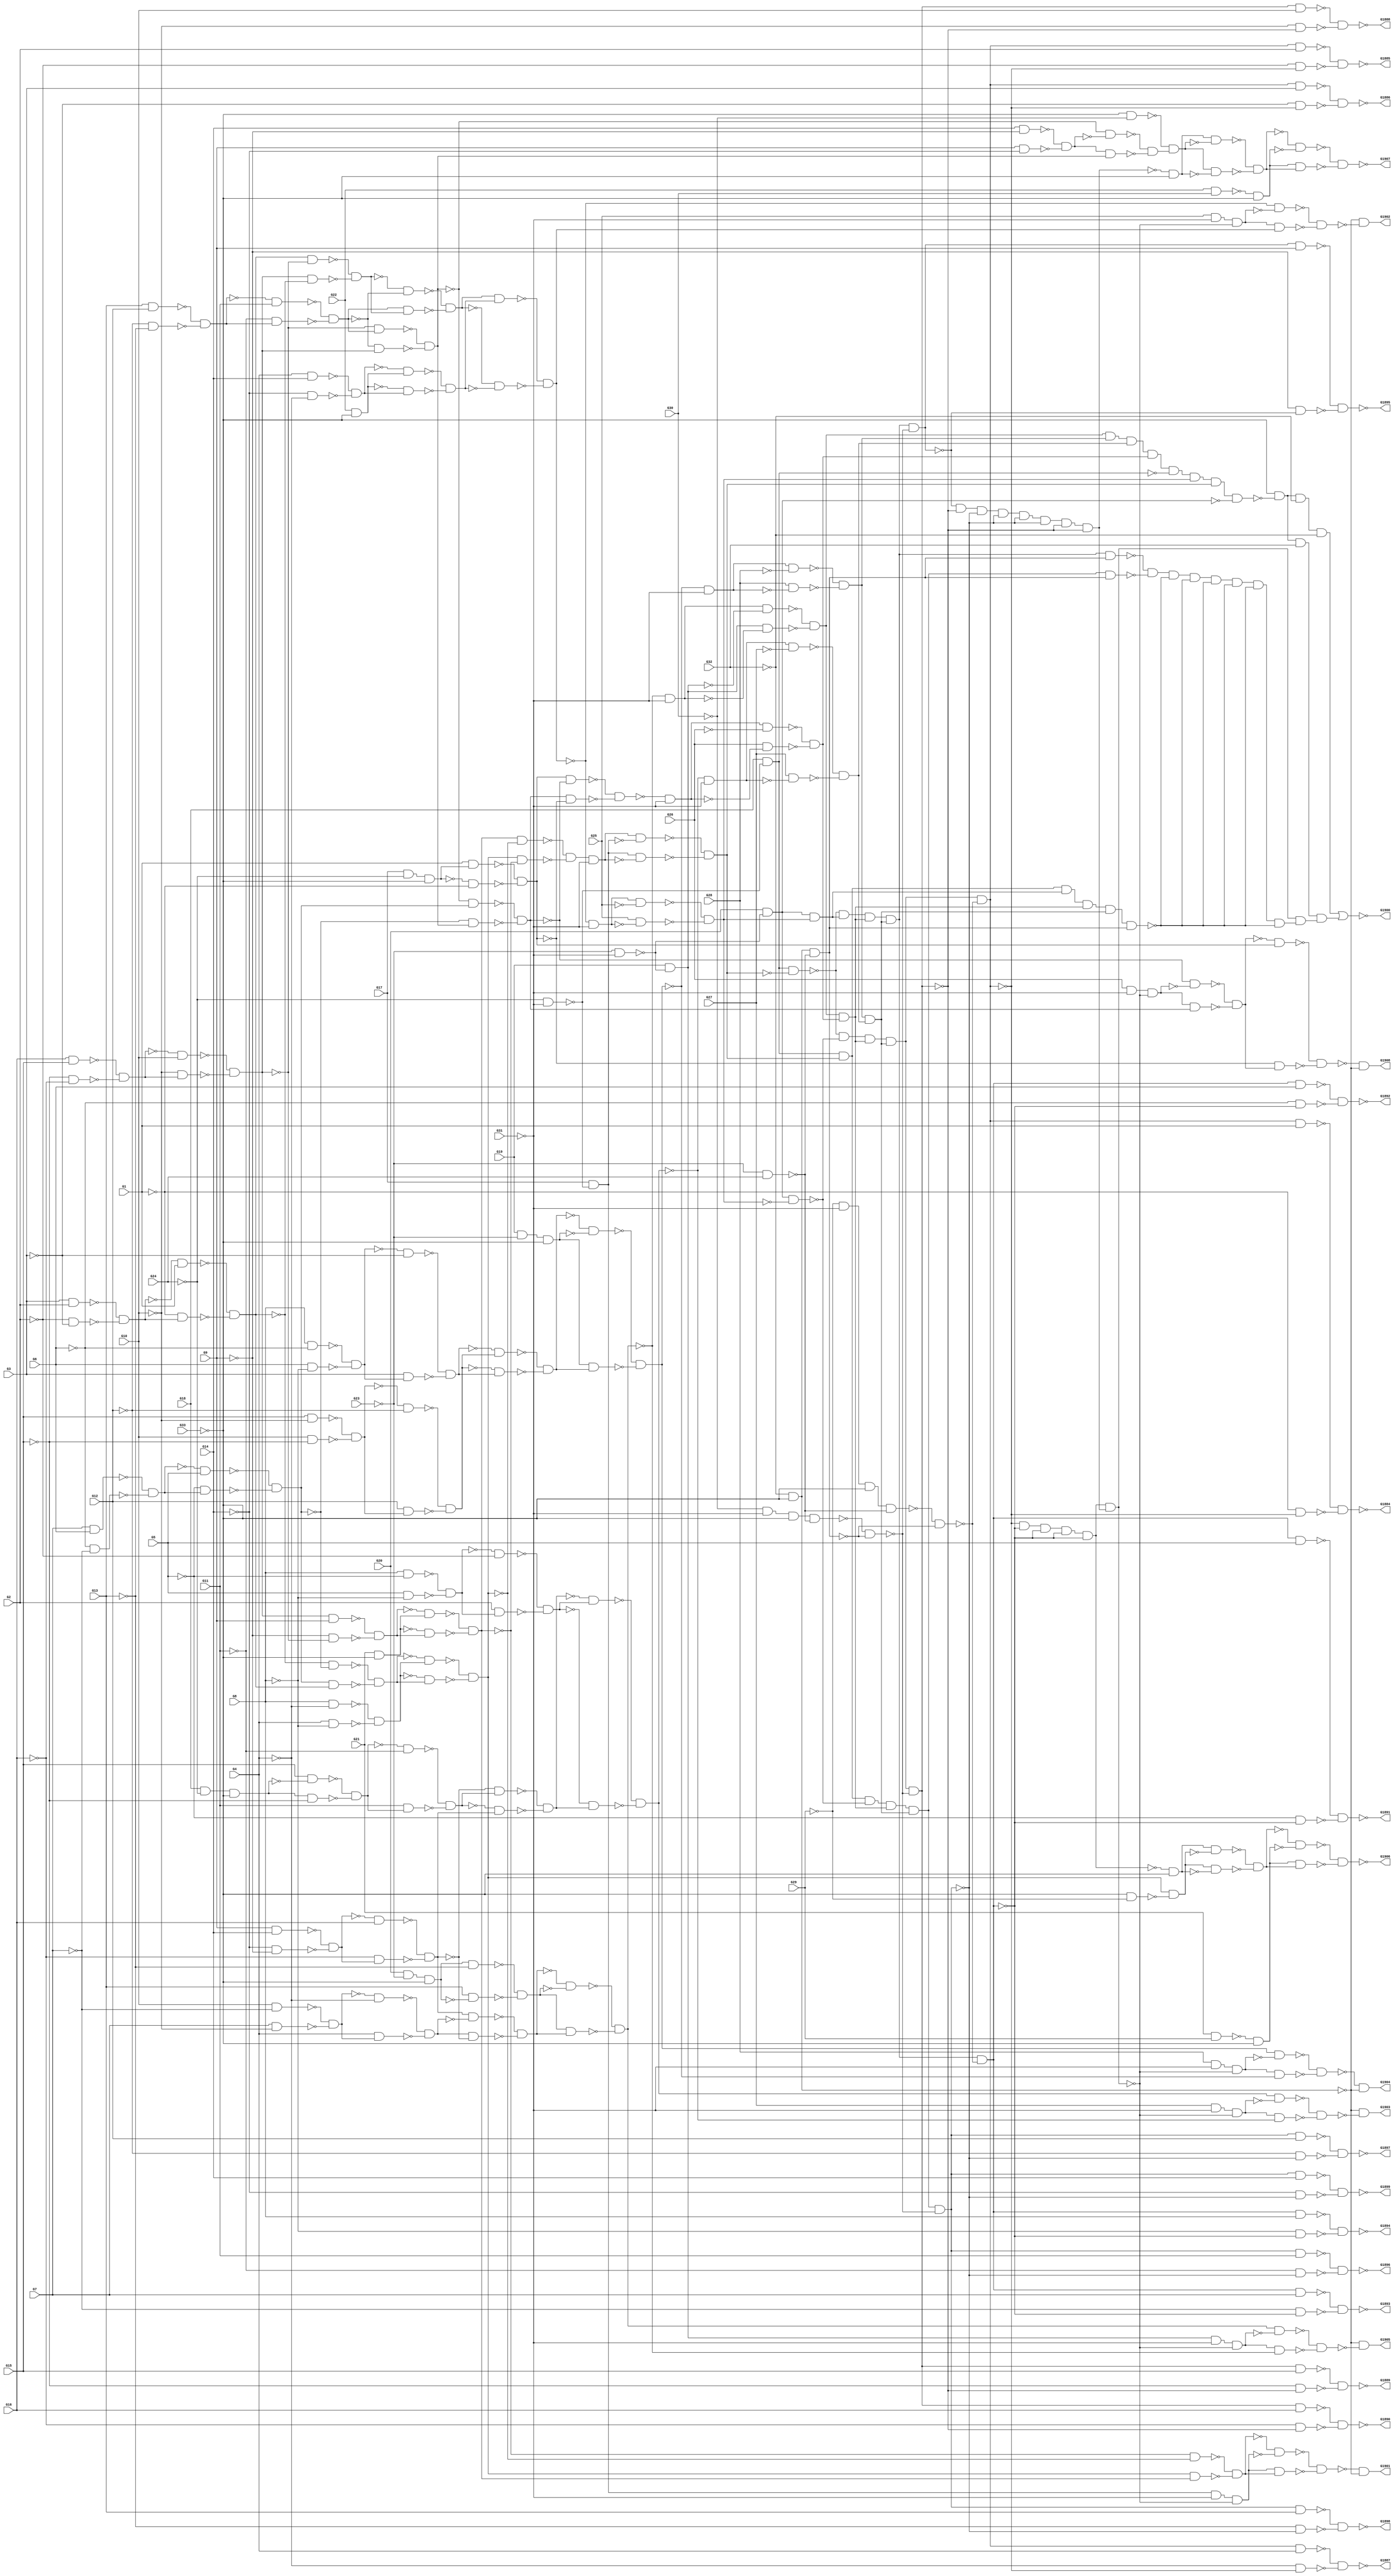
module c1908(G1,G10,G11,G12,G13,G14,G15,G16,G17,G18,G1884,G1885,G1886,G1887,
  G1888,G1889,G1890,G1891,G1892,G1893,G1894,G1895,G1896,G1897,G1898,G1899,G19,
  G1900,G1901,G1902,G1903,G1904,G1905,G1906,G1907,G1908,G2,G20,G21,G22,G23,G24,
  G25,G26,G27,G28,G29,G3,G30,G31,G32,G33,G4,G5,G6,G7,G8,G9);
input G1,G2,G3,G4,G5,G6,G7,G8,G9,G10,G11,G12,G13,G14,G15,G16,G17,G18,G19,G20,
  G21,G22,G23,G24,G25,G26,G27,G28,G29,G30,G31,G32,G33;
output G1884,G1885,G1886,G1887,G1888,G1889,G1890,G1891,G1892,G1893,G1894,G1895,
  G1896,G1897,G1898,G1899,G1900,G1901,G1902,G1903,G1904,G1905,G1906,G1907,
  G1908;

  wire G112,G116,G119,G123,G128,G131,G134,G138,G142,G147,G151,G154,G157,G161,
    G165,G169,G173,G174,G175,G178,G179,G182,G185,G188,G191,G194,G197,G198,G199,
    G202,G205,G212,G219,G222,G225,G228,G235,G238,G241,G248,G253,G260,G265,G268,
    G271,G274,G277,G280,G283,G286,G289,G292,G295,G298,G301,G304,G307,G310,G313,
    G314,G315,G316,G317,G318,G319,G320,G321,G322,G323,G324,G325,G326,G327,G328,
    G329,G330,G331,G332,G333,G334,G335,G338,G341,G344,G347,G350,G353,G356,G359,
    G362,G365,G368,G371,G374,G377,G380,G381,G382,G387,G391,G395,G398,G401,G404,
    G407,G410,G413,G416,G419,G422,G425,G428,G431,G434,G437,G440,G443,G446,G449,
    G452,G455,G458,G461,G464,G467,G470,G473,G476,G479,G482,G485,G488,G491,G494,
    G497,G500,G503,G506,G509,G512,G515,G518,G521,G524,G527,G530,G533,G534,G535,
    G536,G537,G538,G539,G540,G541,G542,G543,G544,G545,G546,G550,G554,G557,G560,
    G561,G562,G563,G564,G565,G566,G567,G568,G569,G570,G573,G582,G585,G586,G589,
    G590,G593,G594,G597,G598,G601,G602,G605,G606,G609,G612,G615,G616,G619,G620,
    G623,G624,G627,G628,G631,G632,G635,G636,G637,G638,G639,G640,G641,G644,G645,
    G648,G649,G650,G651,G652,G653,G654,G655,G656,G657,G660,G663,G666,G669,G672,
    G675,G678,G681,G684,G687,G690,G693,G696,G699,G700,G701,G702,G703,G704,G705,
    G706,G707,G708,G709,G710,G711,G712,G713,G714,G715,G716,G717,G718,G719,G720,
    G721,G722,G723,G724,G725,G726,G727,G728,G729,G730,G731,G734,G735,G738,G755,
    G772,G773,G774,G775,G776,G777,G778,G779,G780,G781,G782,G783,G784,G785,G786,
    G787,G788,G789,G790,G791,G792,G793,G794,G795,G796,G797,G798,G799,G802,G805,
    G806,G807,G808,G809,G810,G813,G816,G819,G822,G825,G828,G831,G834,G835,G836,
    G837,G838,G839,G840,G841,G842,G843,G844,G845,G848,G849,G850,G851,G854,G855,
    G856,G857,G858,G859,G860,G861,G864,G867,G870,G873,G876,G879,G882,G885,G888,
    G891,G894,G895,G896,G897,G898,G901,G904,G905,G906,G907,G908,G909,G910,G911,
    G914,G917,G918,G919,G920,G921,G924,G925,G926,G927,G928,G929,G930,G931,G932,
    G933,G934,G935,G936,G937,G938,G939,G940,G941,G942,G943,G944,G945,G946,G947,
    G948,G951,G952,G953,G956,G959,G962,G963,G964,G965,G966,G967,G968,G969,G970,
    G971,G972,G973,G974,G975,G976,G977,G980,G981,G984,G987,G988,G989,G993,G994,
    G995,G996,G997,G998,G999,G1000,G1003,G1006,G1009,G1012,G1015,G1019,G1022,
    G1023,G1024,G1025,G1028,G1031,G1034,G1035,G1036,G1037,G1038,G1041,G1044,
    G1047,G1050,G1053,G1056,G1059,G1062,G1065,G1066,G1067,G1068,G1069,G1072,
    G1075,G1078,G1081,G1084,G1087,G1090,G1091,G1092,G1093,G1094,G1095,G1096,
    G1097,G1098,G1099,G1100,G1103,G1104,G1107,G1110,G1111,G1112,G1113,G1114,
    G1115,G1116,G1117,G1118,G1121,G1124,G1125,G1126,G1129,G1130,G1131,G1132,
    G1135,G1138,G1139,G1140,G1143,G1144,G1145,G1148,G1151,G1152,G1153,G1154,
    G1155,G1156,G1157,G1158,G1159,G1160,G1163,G1166,G1167,G1168,G1169,G1170,
    G1171,G1174,G1175,G1176,G1177,G1178,G1181,G1182,G1185,G1186,G1187,G1188,
    G1189,G1192,G1195,G1198,G1199,G1200,G1201,G1202,G1203,G1204,G1205,G1208,
    G1209,G1212,G1215,G1216,G1217,G1218,G1219,G1220,G1221,G1222,G1225,G1226,
    G1227,G1230,G1233,G1236,G1239,G1240,G1243,G1244,G1245,G1246,G1247,G1250,
    G1251,G1252,G1253,G1256,G1259,G1260,G1261,G1262,G1263,G1264,G1265,G1266,
    G1267,G1268,G1269,G1270,G1273,G1276,G1279,G1280,G1281,G1282,G1283,G1284,
    G1287,G1290,G1293,G1296,G1299,G1302,G1305,G1308,G1309,G1310,G1311,G1312,
    G1313,G1316,G1317,G1320,G1321,G1322,G1323,G1324,G1325,G1326,G1327,G1328,
    G1329,G1330,G1331,G1332,G1333,G1334,G1335,G1336,G1337,G1338,G1339,G1340,
    G1341,G1342,G1343,G1344,G1347,G1350,G1353,G1354,G1355,G1356,G1357,G1358,
    G1359,G1362,G1363,G1366,G1369,G1370,G1371,G1374,G1375,G1378,G1381,G1382,
    G1383,G1386,G1389,G1392,G1395,G1410,G1420,G1434,G1439,G1442,G1445,G1448,
    G1451,G1454,G1457,G1458,G1459,G1460,G1461,G1462,G1463,G1464,G1465,G1466,
    G1467,G1468,G1469,G1470,G1471,G1472,G1473,G1474,G1475,G1476,G1479,G1480,
    G1483,G1484,G1487,G1488,G1489,G1490,G1493,G1496,G1499,G1502,G1505,G1508,
    G1511,G1522,G1538,G1549,G1563,G1576,G1584,G1598,G1607,G1608,G1609,G1624,
    G1625,G1642,G1645,G1648,G1651,G1654,G1657,G1660,G1663,G1666,G1669,G1672,
    G1675,G1678,G1681,G1684,G1687,G1690,G1693,G1696,G1699,G1702,G1705,G1708,
    G1711,G1712,G1713,G1714,G1715,G1716,G1717,G1718,G1719,G1722,G1725,G1728,
    G1731,G1734,G1737,G1740,G1743,G1746,G1747,G1748,G1749,G1750,G1751,G1752,
    G1753,G1754,G1755,G1756,G1757,G1758,G1759,G1760,G1761,G1762,G1763,G1764,
    G1765,G1766,G1767,G1768,G1769,G1770,G1771,G1772,G1773,G1774,G1775,G1776,
    G1777,G1778,G1779,G1780,G1781,G1782,G1783,G1784,G1785,G1786,G1787,G1788,
    G1791,G1794,G1795,G1796,G1797,G1798,G1799,G1800,G1801,G1802,G1803,G1806,
    G1809,G1810,G1817,G1818,G1819,G1820,G1821,G1822,G1825,G1828,G1831,G1834,
    G1837,G1838,G1839,G1842,G1845,G1848,G1849,G1850,G1851,G1852,G1853,G1854,
    G1855,G1856,G1857,G1858,G1859,G1860,G1861,G1862,G1863,G1864,G1865,G1866,
    G1867,G1868,G1869,G1870,G1871,G1872,G1873,G1874,G1875,G1876,G1877,G1880,
    G1881,G1882,G1883;

  not NOT_0(G112,G1);
  not NOT_1(G116,G2);
  not NOT_2(G119,G3);
  not NOT_3(G123,G4);
  not NOT_4(G128,G5);
  not NOT_5(G131,G6);
  not NOT_6(G134,G7);
  not NOT_7(G138,G8);
  not NOT_8(G142,G9);
  not NOT_9(G147,G10);
  not NOT_10(G151,G11);
  not NOT_11(G154,G12);
  not NOT_12(G157,G13);
  not NOT_13(G161,G14);
  not NOT_14(G165,G15);
  not NOT_15(G169,G16);
  nand NAND2_0(G173,G21,G29);
  nand NAND2_1(G174,G22,G30);
  not NOT_16(G175,G24);
  not NOT_17(G178,G24);
  not NOT_18(G179,G23);
  not NOT_19(G182,G23);
  not NOT_20(G185,G25);
  not NOT_21(G188,G26);
  not NOT_22(G191,G27);
  not NOT_23(G194,G28);
  not NOT_24(G197,G33);
  not NOT_25(G198,G33);
  not NOT_26(G199,G29);
  not NOT_27(G202,G30);
  not NOT_28(G205,G31);
  not NOT_29(G212,G31);
  not NOT_30(G219,G31);
  not NOT_31(G222,G31);
  not NOT_32(G225,G32);
  not NOT_33(G228,G32);
  not NOT_34(G235,G32);
  not NOT_35(G238,G33);
  not NOT_36(G241,G33);
  not NOT_37(G248,G33);
  not NOT_38(G253,G33);
  not NOT_39(G260,G33);
  not NOT_40(G265,G1);
  not NOT_41(G268,G2);
  not NOT_42(G271,G3);
  not NOT_43(G274,G4);
  not NOT_44(G277,G5);
  not NOT_45(G280,G6);
  not NOT_46(G283,G7);
  not NOT_47(G286,G8);
  not NOT_48(G289,G9);
  not NOT_49(G292,G10);
  not NOT_50(G295,G11);
  not NOT_51(G298,G12);
  not NOT_52(G301,G13);
  not NOT_53(G304,G14);
  not NOT_54(G307,G15);
  not NOT_55(G310,G16);
  not NOT_56(G313,G265);
  not NOT_57(G314,G268);
  not NOT_58(G315,G271);
  not NOT_59(G316,G274);
  not NOT_60(G317,G277);
  not NOT_61(G318,G280);
  not NOT_62(G319,G283);
  not NOT_63(G320,G286);
  not NOT_64(G321,G289);
  not NOT_65(G322,G292);
  not NOT_66(G323,G295);
  not NOT_67(G324,G298);
  not NOT_68(G325,G301);
  not NOT_69(G326,G304);
  not NOT_70(G327,G307);
  not NOT_71(G328,G310);
  nand NAND2_2(G329,G228,G253);
  nand NAND2_3(G330,G228,G253);
  nand NAND2_4(G331,G228,G253);
  nand NAND2_5(G332,G228,G253);
  nand NAND2_6(G333,G228,G253);
  nand NAND2_7(G334,G228,G253);
  not NOT_72(G335,G112);
  not NOT_73(G338,G116);
  not NOT_74(G341,G128);
  not NOT_75(G344,G131);
  not NOT_76(G347,G147);
  not NOT_77(G350,G165);
  and AND2_0(G353,G21,G241);
  not NOT_78(G356,G142);
  not NOT_79(G359,G151);
  not NOT_80(G362,G154);
  and AND2_1(G365,G22,G241);
  not NOT_81(G368,G161);
  and AND3_0(G371,G17,G175,G241);
  not NOT_82(G374,G169);
  not NOT_83(G377,G161);
  nand NAND2_8(G380,G248,G199);
  nand NAND2_9(G381,G248,G202);
  nand NAND2_10(G382,G182,G24);
  nand NAND2_11(G387,G182,G222);
  nand NAND2_12(G391,G178,G222);
  not NOT_84(G395,G123);
  not NOT_85(G398,G138);
  not NOT_86(G401,G142);
  not NOT_87(G404,G161);
  not NOT_88(G407,G112);
  not NOT_89(G410,G112);
  not NOT_90(G413,G116);
  not NOT_91(G416,G151);
  not NOT_92(G419,G119);
  and AND3_1(G422,G19,G179,G241);
  not NOT_93(G425,G154);
  not NOT_94(G428,G123);
  not NOT_95(G431,G157);
  and AND3_2(G434,G20,G179,G241);
  not NOT_96(G437,G185);
  not NOT_97(G440,G185);
  not NOT_98(G443,G188);
  not NOT_99(G446,G188);
  not NOT_100(G449,G191);
  not NOT_101(G452,G191);
  not NOT_102(G455,G194);
  not NOT_103(G458,G194);
  and AND2_2(G461,G173,G238);
  and AND2_3(G464,G174,G238);
  not NOT_104(G467,G119);
  not NOT_105(G470,G119);
  not NOT_106(G473,G134);
  not NOT_107(G476,G134);
  not NOT_108(G479,G169);
  not NOT_109(G482,G169);
  not NOT_110(G485,G157);
  not NOT_111(G488,G157);
  not NOT_112(G491,G123);
  not NOT_113(G494,G123);
  not NOT_114(G497,G128);
  not NOT_115(G500,G138);
  and AND3_3(G503,G18,G175,G241);
  not NOT_116(G506,G165);
  not NOT_117(G509,G142);
  not NOT_118(G512,G142);
  not NOT_119(G515,G131);
  not NOT_120(G518,G138);
  not NOT_121(G521,G147);
  not NOT_122(G524,G165);
  not NOT_123(G527,G134);
  not NOT_124(G530,G147);
  not NOT_125(G533,G461);
  not NOT_126(G534,G464);
  not NOT_127(G535,G395);
  not NOT_128(G536,G398);
  not NOT_129(G537,G401);
  not NOT_130(G538,G404);
  not NOT_131(G539,G410);
  not NOT_132(G540,G422);
  not NOT_133(G541,G428);
  not NOT_134(G542,G431);
  not NOT_135(G543,G434);
  and AND2_4(G544,G17,G391);
  and AND2_5(G545,G19,G387);
  nand NAND2_13(G546,G18,G391);
  nand NAND2_14(G550,G20,G387);
  nand NAND2_15(G554,G17,G391);
  nand NAND2_16(G557,G19,G387);
  not NOT_136(G560,G440);
  not NOT_137(G561,G437);
  not NOT_138(G562,G446);
  not NOT_139(G563,G443);
  not NOT_140(G564,G452);
  not NOT_141(G565,G449);
  not NOT_142(G566,G458);
  not NOT_143(G567,G455);
  nand NAND4_0(G568,G199,G219,G248,G382);
  nand NAND4_1(G569,G202,G219,G248,G382);
  nand NAND3_0(G570,G225,G260,G382);
  and AND3_4(G573,G225,G260,G382);
  not NOT_144(G582,G335);
  not NOT_145(G585,G467);
  not NOT_146(G586,G335);
  not NOT_147(G589,G470);
  not NOT_148(G590,G341);
  not NOT_149(G593,G473);
  not NOT_150(G594,G341);
  not NOT_151(G597,G476);
  not NOT_152(G598,G347);
  not NOT_153(G601,G479);
  not NOT_154(G602,G347);
  not NOT_155(G605,G482);
  not NOT_156(G606,G353);
  not NOT_157(G609,G353);
  not NOT_158(G612,G359);
  not NOT_159(G615,G485);
  not NOT_160(G616,G359);
  not NOT_161(G619,G488);
  not NOT_162(G620,G365);
  not NOT_163(G623,G491);
  not NOT_164(G624,G365);
  not NOT_165(G627,G494);
  not NOT_166(G628,G371);
  not NOT_167(G631,G407);
  not NOT_168(G632,G371);
  not NOT_169(G635,G497);
  not NOT_170(G636,G500);
  not NOT_171(G637,G413);
  not NOT_172(G638,G503);
  not NOT_173(G639,G506);
  not NOT_174(G640,G416);
  not NOT_175(G641,G374);
  not NOT_176(G644,G509);
  not NOT_177(G645,G374);
  not NOT_178(G648,G512);
  not NOT_179(G649,G515);
  not NOT_180(G650,G518);
  not NOT_181(G651,G419);
  not NOT_182(G652,G521);
  not NOT_183(G653,G524);
  not NOT_184(G654,G425);
  not NOT_185(G655,G527);
  not NOT_186(G656,G530);
  not NOT_187(G657,G338);
  not NOT_188(G660,G338);
  not NOT_189(G663,G344);
  not NOT_190(G666,G344);
  not NOT_191(G669,G350);
  not NOT_192(G672,G350);
  not NOT_193(G675,G356);
  not NOT_194(G678,G356);
  not NOT_195(G681,G362);
  not NOT_196(G684,G362);
  not NOT_197(G687,G368);
  not NOT_198(G690,G368);
  not NOT_199(G693,G377);
  not NOT_200(G696,G377);
  nand NAND2_17(G699,G398,G535);
  nand NAND2_18(G700,G395,G536);
  nand NAND2_19(G701,G404,G537);
  nand NAND2_20(G702,G401,G538);
  nand NAND2_21(G703,G434,G542);
  nand NAND2_22(G704,G431,G543);
  nand NAND2_23(G705,G500,G635);
  nand NAND2_24(G706,G497,G636);
  nand NAND2_25(G707,G506,G638);
  nand NAND2_26(G708,G503,G639);
  nand NAND2_27(G709,G518,G649);
  nand NAND2_28(G710,G515,G650);
  nand NAND2_29(G711,G524,G652);
  nand NAND2_30(G712,G521,G653);
  nand NAND2_31(G713,G530,G655);
  nand NAND2_32(G714,G527,G656);
  not NOT_201(G715,G586);
  not NOT_202(G716,G582);
  nand NAND2_33(G717,G699,G700);
  not NOT_203(G718,G590);
  not NOT_204(G719,G594);
  not NOT_205(G720,G602);
  not NOT_206(G721,G598);
  not NOT_207(G722,G609);
  not NOT_208(G723,G616);
  not NOT_209(G724,G624);
  nand NAND2_34(G725,G701,G702);
  not NOT_210(G726,G632);
  nand NAND2_35(G727,G632,G539);
  not NOT_211(G728,G645);
  nand NAND2_36(G729,G703,G704);
  not NOT_212(G730,G546);
  not NOT_213(G731,G546);
  not NOT_214(G734,G550);
  not NOT_215(G735,G550);
  nand NAND2_37(G738,G568,G570);
  nand NAND2_38(G755,G569,G570);
  not NOT_216(G772,G657);
  nand NAND2_39(G773,G657,G585);
  not NOT_217(G774,G660);
  nand NAND2_40(G775,G660,G589);
  not NOT_218(G776,G663);
  nand NAND2_41(G777,G663,G593);
  not NOT_219(G778,G666);
  nand NAND2_42(G779,G666,G597);
  not NOT_220(G780,G669);
  nand NAND2_43(G781,G669,G601);
  not NOT_221(G782,G672);
  nand NAND2_44(G783,G672,G605);
  not NOT_222(G784,G675);
  not NOT_223(G785,G606);
  not NOT_224(G786,G678);
  not NOT_225(G787,G681);
  nand NAND2_45(G788,G681,G615);
  not NOT_226(G789,G612);
  not NOT_227(G790,G684);
  nand NAND2_46(G791,G684,G619);
  not NOT_228(G792,G687);
  nand NAND2_47(G793,G687,G623);
  not NOT_229(G794,G620);
  not NOT_230(G795,G690);
  nand NAND2_48(G796,G690,G627);
  not NOT_231(G797,G628);
  nand NAND2_49(G798,G628,G631);
  nand NAND2_50(G799,G705,G706);
  nand NAND2_51(G802,G707,G708);
  not NOT_232(G805,G693);
  nand NAND2_52(G806,G693,G644);
  not NOT_233(G807,G641);
  not NOT_234(G808,G696);
  nand NAND2_53(G809,G696,G648);
  nand NAND2_54(G810,G709,G710);
  nand NAND2_55(G813,G711,G712);
  nand NAND2_56(G816,G713,G714);
  not NOT_235(G819,G554);
  not NOT_236(G822,G554);
  not NOT_237(G825,G557);
  not NOT_238(G828,G557);
  not NOT_239(G831,G717);
  nand NAND2_57(G834,G410,G726);
  nand NAND2_58(G835,G467,G772);
  nand NAND2_59(G836,G470,G774);
  nand NAND2_60(G837,G473,G776);
  nand NAND2_61(G838,G476,G778);
  nand NAND2_62(G839,G479,G780);
  nand NAND2_63(G840,G482,G782);
  nand NAND2_64(G841,G485,G787);
  nand NAND2_65(G842,G488,G790);
  nand NAND2_66(G843,G491,G792);
  nand NAND2_67(G844,G494,G795);
  not NOT_240(G845,G725);
  nand NAND2_68(G848,G407,G797);
  nand NAND2_69(G849,G509,G805);
  nand NAND2_70(G850,G512,G808);
  not NOT_241(G851,G729);
  nand NAND2_71(G854,G834,G727);
  nand NAND2_72(G855,G816,G541);
  not NOT_242(G856,G816);
  not NOT_243(G857,G822);
  not NOT_244(G858,G819);
  not NOT_245(G859,G828);
  not NOT_246(G860,G825);
  nand NAND2_73(G861,G835,G773);
  nand NAND2_74(G864,G836,G775);
  nand NAND2_75(G867,G837,G777);
  nand NAND2_76(G870,G838,G779);
  nand NAND2_77(G873,G839,G781);
  nand NAND2_78(G876,G840,G783);
  nand NAND2_79(G879,G841,G788);
  nand NAND2_80(G882,G842,G791);
  nand NAND2_81(G885,G843,G793);
  nand NAND2_82(G888,G844,G796);
  nand NAND2_83(G891,G848,G798);
  not NOT_247(G894,G799);
  nand NAND2_84(G895,G799,G637);
  not NOT_248(G896,G802);
  nand NAND2_85(G897,G802,G640);
  nand NAND2_86(G898,G849,G806);
  nand NAND2_87(G901,G850,G809);
  not NOT_249(G904,G810);
  nand NAND2_88(G905,G810,G651);
  not NOT_250(G906,G813);
  nand NAND2_89(G907,G813,G654);
  not NOT_251(G908,G845);
  nand NAND2_90(G909,G428,G856);
  not NOT_252(G910,G851);
  not NOT_253(G911,G831);
  not NOT_254(G914,G831);
  nand NAND2_91(G917,G413,G894);
  nand NAND2_92(G918,G416,G896);
  nand NAND2_93(G919,G419,G904);
  nand NAND2_94(G920,G425,G906);
  not NOT_255(G921,G854);
  nand NAND2_95(G924,G864,G715);
  not NOT_256(G925,G864);
  nand NAND2_96(G926,G861,G716);
  not NOT_257(G927,G861);
  nand NAND2_97(G928,G867,G718);
  not NOT_258(G929,G867);
  nand NAND2_98(G930,G870,G719);
  not NOT_259(G931,G870);
  nand NAND2_99(G932,G876,G720);
  not NOT_260(G933,G876);
  nand NAND2_100(G934,G873,G721);
  not NOT_261(G935,G873);
  nand NAND2_101(G936,G882,G723);
  not NOT_262(G937,G882);
  nand NAND2_102(G938,G888,G724);
  not NOT_263(G939,G888);
  not NOT_264(G940,G891);
  nand NAND2_103(G941,G901,G728);
  not NOT_265(G942,G901);
  nand NAND2_104(G943,G855,G909);
  not NOT_266(G944,G879);
  nand NAND2_105(G945,G879,G789);
  not NOT_267(G946,G885);
  nand NAND2_106(G947,G885,G794);
  nand NAND2_107(G948,G895,G917);
  not NOT_268(G951,G898);
  nand NAND2_108(G952,G898,G807);
  nand NAND2_109(G953,G897,G918);
  nand NAND2_110(G956,G907,G920);
  nand NAND2_111(G959,G905,G919);
  nand NAND2_112(G962,G586,G925);
  nand NAND2_113(G963,G582,G927);
  nand NAND2_114(G964,G590,G929);
  not NOT_269(G965,G914);
  not NOT_270(G966,G911);
  nand NAND2_115(G967,G594,G931);
  nand NAND2_116(G968,G602,G933);
  nand NAND2_117(G969,G598,G935);
  nand NAND2_118(G970,G616,G937);
  nand NAND2_119(G971,G624,G939);
  nand NAND2_120(G972,G645,G942);
  not NOT_271(G973,G921);
  nand NAND2_121(G974,G612,G944);
  nand NAND2_122(G975,G620,G946);
  nand NAND2_123(G976,G641,G951);
  not NOT_272(G977,G943);
  nand NAND2_124(G980,G924,G962);
  nand NAND2_125(G981,G926,G963);
  nand NAND2_126(G984,G928,G964);
  nand NAND2_127(G987,G930,G967);
  nand NAND2_128(G988,G932,G968);
  nand NAND2_129(G989,G934,G969);
  nand NAND2_130(G993,G936,G970);
  nand NAND2_131(G994,G938,G971);
  not NOT_273(G995,G948);
  nand NAND2_132(G996,G941,G972);
  not NOT_274(G997,G953);
  not NOT_275(G998,G956);
  not NOT_276(G999,G959);
  nand NAND2_133(G1000,G947,G975);
  nand NAND2_134(G1003,G945,G974);
  nand NAND2_135(G1006,G952,G976);
  not NOT_277(G1009,G980);
  not NOT_278(G1012,G988);
  not NOT_279(G1015,G993);
  not NOT_280(G1019,G987);
  nand NAND2_136(G1022,G959,G998);
  nand NAND2_137(G1023,G956,G999);
  not NOT_281(G1024,G977);
  not NOT_282(G1025,G994);
  not NOT_283(G1028,G996);
  not NOT_284(G1031,G989);
  not NOT_285(G1034,G1000);
  not NOT_286(G1035,G1003);
  nand NAND2_138(G1036,G1006,G997);
  not NOT_287(G1037,G1006);
  nand NAND2_139(G1038,G1022,G1023);
  not NOT_288(G1041,G984);
  not NOT_289(G1044,G984);
  not NOT_290(G1047,G989);
  not NOT_291(G1050,G989);
  not NOT_292(G1053,G981);
  not NOT_293(G1056,G981);
  not NOT_294(G1059,G1015);
  not NOT_295(G1062,G1012);
  not NOT_296(G1065,G1025);
  nand NAND2_140(G1066,G953,G1037);
  nand NAND2_141(G1067,G1028,G1024);
  not NOT_297(G1068,G1028);
  not NOT_298(G1069,G1019);
  not NOT_299(G1072,G1019);
  not NOT_300(G1075,G1009);
  not NOT_301(G1078,G1009);
  not NOT_302(G1081,G1012);
  not NOT_303(G1084,G1015);
  not NOT_304(G1087,G1015);
  nand NAND2_142(G1090,G1038,G540);
  not NOT_305(G1091,G1038);
  not NOT_306(G1092,G1041);
  not NOT_307(G1093,G1044);
  nand NAND2_143(G1094,G1047,G784);
  not NOT_308(G1095,G1047);
  nand NAND2_144(G1096,G1050,G786);
  not NOT_309(G1097,G1050);
  not NOT_310(G1098,G1053);
  not NOT_311(G1099,G1056);
  nand NAND2_145(G1100,G1036,G1066);
  nand NAND2_146(G1103,G977,G1068);
  not NOT_312(G1104,G1031);
  not NOT_313(G1107,G1031);
  nand NAND2_147(G1110,G422,G1091);
  not NOT_314(G1111,G1072);
  nand NAND2_148(G1112,G1075,G1092);
  not NOT_315(G1113,G1075);
  nand NAND2_149(G1114,G1078,G1093);
  not NOT_316(G1115,G1078);
  nand NAND2_150(G1116,G675,G1095);
  nand NAND2_151(G1117,G678,G1097);
  not NOT_317(G1118,G1059);
  not NOT_318(G1121,G1059);
  nand NAND2_152(G1124,G1081,G1035);
  not NOT_319(G1125,G1081);
  nand NAND2_153(G1126,G1067,G1103);
  not NOT_320(G1129,G1084);
  not NOT_321(G1130,G1069);
  not NOT_322(G1131,G1087);
  not NOT_323(G1132,G1062);
  not NOT_324(G1135,G1062);
  nand NAND2_154(G1138,G1100,G995);
  not NOT_325(G1139,G1100);
  nand NAND2_155(G1140,G1090,G1110);
  nand NAND2_156(G1143,G1041,G1113);
  nand NAND2_157(G1144,G1044,G1115);
  nand NAND2_158(G1145,G1094,G1116);
  nand NAND2_159(G1148,G1096,G1117);
  nand NAND2_160(G1151,G1003,G1125);
  not NOT_326(G1152,G1104);
  nand NAND2_161(G1153,G1104,G1129);
  not NOT_327(G1154,G1107);
  nand NAND2_162(G1155,G1107,G1131);
  not NOT_328(G1156,G1121);
  nand NAND2_163(G1157,G948,G1139);
  nand NAND2_164(G1158,G1126,G910);
  not NOT_329(G1159,G1126);
  nand NAND2_165(G1160,G1112,G1143);
  nand NAND2_166(G1163,G1114,G1144);
  not NOT_330(G1166,G1132);
  nand NAND2_167(G1167,G1132,G1098);
  not NOT_331(G1168,G1118);
  not NOT_332(G1169,G1135);
  nand NAND2_168(G1170,G1135,G1099);
  nand NAND2_169(G1171,G1124,G1151);
  nand NAND2_170(G1174,G1084,G1152);
  nand NAND2_171(G1175,G1087,G1154);
  nand NAND2_172(G1176,G1148,G722);
  not NOT_333(G1177,G1148);
  nand NAND2_173(G1178,G1138,G1157);
  nand NAND2_174(G1181,G851,G1159);
  nand NAND2_175(G1182,G1140,G212);
  not NOT_334(G1185,G1145);
  nand NAND2_176(G1186,G1145,G785);
  nand NAND2_177(G1187,G1053,G1166);
  nand NAND2_178(G1188,G1056,G1169);
  nand NAND2_179(G1189,G1174,G1153);
  nand NAND2_180(G1192,G1175,G1155);
  not NOT_335(G1195,G1140);
  nand NAND2_181(G1198,G1163,G965);
  not NOT_336(G1199,G1163);
  nand NAND2_182(G1200,G1160,G966);
  not NOT_337(G1201,G1160);
  nand NAND2_183(G1202,G609,G1177);
  nand NAND2_184(G1203,G1171,G908);
  not NOT_338(G1204,G1171);
  nand NAND2_185(G1205,G1158,G1181);
  nand NAND2_186(G1208,G606,G1185);
  nand NAND2_187(G1209,G1187,G1167);
  nand NAND2_188(G1212,G1188,G1170);
  nand NAND2_189(G1215,G914,G1199);
  nand NAND2_190(G1216,G911,G1201);
  nand NAND2_191(G1217,G1176,G1202);
  nand NAND2_192(G1218,G845,G1204);
  nand NAND2_193(G1219,G1192,G1111);
  not NOT_339(G1220,G1192);
  not NOT_340(G1221,G1195);
  nand NAND2_194(G1222,G1178,G212);
  not NOT_341(G1225,G1189);
  nand NAND2_195(G1226,G1189,G1130);
  not NOT_342(G1227,G1178);
  not NOT_343(G1230,G1182);
  not NOT_344(G1233,G1182);
  nand NAND2_196(G1236,G1186,G1208);
  nand NAND2_197(G1239,G1198,G1215);
  nand NAND2_198(G1240,G1200,G1216);
  nand NAND2_199(G1243,G1212,G1156);
  not NOT_345(G1244,G1212);
  nand NAND2_200(G1245,G1203,G1218);
  nand NAND2_201(G1246,G1072,G1220);
  nand NAND2_202(G1247,G1205,G212);
  not NOT_346(G1250,G1209);
  nand NAND2_203(G1251,G1209,G1168);
  nand NAND2_204(G1252,G1069,G1225);
  not NOT_347(G1253,G1217);
  not NOT_348(G1256,G1205);
  not NOT_349(G1259,G1239);
  nand NAND2_205(G1260,G1121,G1244);
  not NOT_350(G1261,G1245);
  nand NAND2_206(G1262,G1219,G1246);
  not NOT_351(G1263,G1227);
  nand NAND2_207(G1264,G1233,G566);
  not NOT_352(G1265,G1233);
  nand NAND2_208(G1266,G1230,G567);
  not NOT_353(G1267,G1230);
  not NOT_354(G1268,G1236);
  nand NAND2_209(G1269,G1118,G1250);
  not NOT_355(G1270,G1222);
  not NOT_356(G1273,G1222);
  nand NAND2_210(G1276,G1226,G1252);
  nand NAND2_211(G1279,G1243,G1260);
  not NOT_357(G1280,G1253);
  not NOT_358(G1281,G1256);
  nand NAND2_212(G1282,G458,G1265);
  nand NAND2_213(G1283,G455,G1267);
  not NOT_359(G1284,G1240);
  not NOT_360(G1287,G1262);
  not NOT_361(G1290,G1247);
  not NOT_362(G1293,G1247);
  not NOT_363(G1296,G1240);
  nand NAND2_214(G1299,G1251,G1269);
  and AND2_6(G1302,G1259,G380);
  and AND2_7(G1305,G381,G1261);
  nand NAND2_215(G1308,G1273,G564);
  not NOT_364(G1309,G1273);
  nand NAND2_216(G1310,G1270,G565);
  not NOT_365(G1311,G1270);
  nand NAND2_217(G1312,G1264,G1282);
  nand NAND2_218(G1313,G1266,G1283);
  not NOT_366(G1316,G1276);
  not NOT_367(G1317,G1279);
  not NOT_368(G1320,G1284);
  nand NAND2_219(G1321,G1284,G1280);
  not NOT_369(G1322,G1287);
  nand NAND2_220(G1323,G1287,G973);
  nand NAND2_221(G1324,G1293,G859);
  not NOT_370(G1325,G1293);
  nand NAND2_222(G1326,G1290,G860);
  not NOT_371(G1327,G1290);
  nand NAND2_223(G1328,G452,G1309);
  nand NAND2_224(G1329,G449,G1311);
  not NOT_372(G1330,G1312);
  not NOT_373(G1331,G1296);
  nand NAND2_225(G1332,G1296,G1268);
  not NOT_374(G1333,G1299);
  nand NAND2_226(G1334,G1299,G1065);
  not NOT_375(G1335,G1302);
  not NOT_376(G1336,G1305);
  nand NAND2_227(G1337,G1253,G1320);
  not NOT_377(G1338,G1317);
  nand NAND2_228(G1339,G1317,G1034);
  nand NAND2_229(G1340,G921,G1322);
  nand NAND2_230(G1341,G828,G1325);
  nand NAND2_231(G1342,G825,G1327);
  nand NAND2_232(G1343,G1308,G1328);
  nand NAND2_233(G1344,G1310,G1329);
  not NOT_378(G1347,G1313);
  not NOT_379(G1350,G1313);
  nand NAND2_234(G1353,G1236,G1331);
  nand NAND2_235(G1354,G1025,G1333);
  nand NAND2_236(G1355,G1337,G1321);
  nand NAND2_237(G1356,G1000,G1338);
  nand NAND2_238(G1357,G1340,G1323);
  nand NAND2_239(G1358,G1324,G1341);
  nand NAND2_240(G1359,G1326,G1342);
  not NOT_380(G1362,G1343);
  nand NAND2_241(G1363,G1353,G1332);
  nand NAND2_242(G1366,G1354,G1334);
  not NOT_381(G1369,G1355);
  nand NAND2_243(G1370,G1356,G1339);
  nand NAND2_244(G1371,G1357,G212);
  not NOT_382(G1374,G1358);
  not NOT_383(G1375,G1344);
  not NOT_384(G1378,G1344);
  not NOT_385(G1381,G1363);
  not NOT_386(G1382,G1366);
  nand NAND2_245(G1383,G1369,G212);
  nand NAND2_246(G1386,G1370,G212);
  not NOT_387(G1389,G1359);
  not NOT_388(G1392,G1359);
  and AND2_8(G1395,G1347,G1375);
  and AND2_9(G1410,G1350,G1375);
  and AND2_10(G1420,G1347,G1378);
  and AND2_11(G1434,G1350,G1378);
  not NOT_389(G1439,G1371);
  not NOT_390(G1442,G1371);
  not NOT_391(G1445,G1383);
  not NOT_392(G1448,G1383);
  not NOT_393(G1451,G1386);
  not NOT_394(G1454,G1386);
  nand NAND2_247(G1457,G1442,G562);
  not NOT_395(G1458,G1442);
  nand NAND2_248(G1459,G1439,G563);
  not NOT_396(G1460,G1439);
  nand NAND2_249(G1461,G1448,G857);
  not NOT_397(G1462,G1448);
  nand NAND2_250(G1463,G1445,G858);
  not NOT_398(G1464,G1445);
  nand NAND2_251(G1465,G1454,G560);
  not NOT_399(G1466,G1454);
  nand NAND2_252(G1467,G1451,G561);
  not NOT_400(G1468,G1451);
  nand NAND2_253(G1469,G446,G1458);
  nand NAND2_254(G1470,G443,G1460);
  nand NAND2_255(G1471,G822,G1462);
  nand NAND2_256(G1472,G819,G1464);
  nand NAND2_257(G1473,G440,G1466);
  nand NAND2_258(G1474,G437,G1468);
  nand NAND2_259(G1475,G1457,G1469);
  nand NAND2_260(G1476,G1459,G1470);
  nand NAND2_261(G1479,G1461,G1471);
  nand NAND2_262(G1480,G1463,G1472);
  nand NAND2_263(G1483,G1465,G1473);
  nand NAND2_264(G1484,G1467,G1474);
  not NOT_401(G1487,G1475);
  not NOT_402(G1488,G1479);
  not NOT_403(G1489,G1483);
  not NOT_404(G1490,G1476);
  not NOT_405(G1493,G1476);
  not NOT_406(G1496,G1480);
  and AND2_12(G1499,G731,G1480);
  not NOT_407(G1502,G1484);
  and AND2_13(G1505,G735,G1484);
  nand NAND8_0(G1508,G1374,G1330,G1362,G1487,G546,G1489,G1488,G550);
  not NOT_408(G1511,G1499);
  not NOT_409(G1522,G1499);
  not NOT_410(G1538,G1505);
  not NOT_411(G1549,G1505);
  and AND2_14(G1563,G1389,G1490);
  and AND2_15(G1576,G1392,G1490);
  and AND2_16(G1584,G1389,G1493);
  and AND2_17(G1598,G1392,G1493);
  and AND4_0(G1607,G260,G1508,G235,G235);
  and AND2_18(G1608,G730,G1496);
  and AND2_19(G1609,G731,G1496);
  and AND2_20(G1624,G734,G1502);
  and AND2_21(G1625,G735,G1502);
  nand NAND5_0(G1642,G1511,G1538,G1584,G1395,G738);
  nand NAND5_1(G1645,G1511,G1538,G1563,G1420,G738);
  nand NAND5_2(G1648,G1511,G1538,G1563,G1410,G738);
  nand NAND5_3(G1651,G1511,G1538,G1576,G1395,G738);
  nand NAND5_4(G1654,G1522,G1538,G1598,G1410,G755);
  nand NAND5_5(G1657,G1522,G1549,G1584,G1434,G755);
  nand NAND5_6(G1660,G1522,G1549,G1598,G1420,G755);
  and AND5_0(G1663,G1511,G1538,G1584,G1395,G738);
  and AND5_1(G1666,G1511,G1538,G1563,G1420,G738);
  and AND5_2(G1669,G1511,G1538,G1563,G1410,G738);
  and AND5_3(G1672,G1511,G1538,G1576,G1395,G738);
  and AND5_4(G1675,G1522,G1538,G1598,G1410,G755);
  and AND5_5(G1678,G1522,G1549,G1584,G1434,G755);
  and AND5_6(G1681,G1522,G1549,G1598,G1420,G755);
  nand NAND5_7(G1684,G1511,G1625,G1584,G1420,G738);
  nand NAND5_8(G1687,G1522,G1625,G1584,G1410,G738);
  nand NAND5_9(G1690,G1522,G1625,G1598,G1395,G738);
  nand NAND5_10(G1693,G1522,G1625,G1563,G1434,G738);
  nand NAND5_11(G1696,G1522,G1625,G1576,G1420,G755);
  nand NAND5_12(G1699,G1609,G1549,G1584,G1420,G755);
  nand NAND5_13(G1702,G1609,G1549,G1584,G1410,G755);
  nand NAND5_14(G1705,G1609,G1549,G1598,G1395,G755);
  nand NAND5_15(G1708,G1609,G1549,G1576,G1420,G755);
  nand NAND5_16(G1711,G1522,G1625,G1563,G1395,G573);
  nand NAND5_17(G1712,G1609,G1549,G1563,G1395,G573);
  nand NAND5_18(G1713,G1609,G1625,G1584,G1395,G573);
  nand NAND5_19(G1714,G1609,G1625,G1563,G1420,G573);
  nand NAND5_20(G1715,G1609,G1625,G1563,G1410,G573);
  nand NAND5_21(G1716,G1609,G1625,G1576,G1395,G573);
  nand NAND5_22(G1717,G1609,G1624,G1563,G1395,G573);
  nand NAND5_23(G1718,G1608,G1625,G1563,G1395,G573);
  and AND5_7(G1719,G1511,G1625,G1584,G1420,G738);
  and AND5_8(G1722,G1522,G1625,G1584,G1410,G738);
  and AND5_9(G1725,G1522,G1625,G1598,G1395,G738);
  and AND5_10(G1728,G1522,G1625,G1563,G1434,G738);
  and AND5_11(G1731,G1522,G1625,G1576,G1420,G755);
  and AND5_12(G1734,G1609,G1549,G1584,G1420,G755);
  and AND5_13(G1737,G1609,G1549,G1584,G1410,G755);
  and AND5_14(G1740,G1609,G1549,G1598,G1395,G755);
  and AND5_15(G1743,G1609,G1549,G1576,G1420,G755);
  nand NAND2_265(G1746,G1663,G313);
  not NOT_412(G1747,G1663);
  nand NAND2_266(G1748,G1666,G314);
  not NOT_413(G1749,G1666);
  nand NAND2_267(G1750,G1669,G315);
  not NOT_414(G1751,G1669);
  nand NAND2_268(G1752,G1672,G316);
  not NOT_415(G1753,G1672);
  nand NAND2_269(G1754,G1675,G322);
  not NOT_416(G1755,G1675);
  nand NAND2_270(G1756,G1678,G327);
  not NOT_417(G1757,G1678);
  nand NAND2_271(G1758,G1681,G328);
  not NOT_418(G1759,G1681);
  and AND8_0(G1760,G1711,G1712,G1713,G1714,G1715,G1716,G1717,G1718);
  nand NAND2_272(G1761,G265,G1747);
  nand NAND2_273(G1762,G268,G1749);
  nand NAND2_274(G1763,G271,G1751);
  nand NAND2_275(G1764,G274,G1753);
  nand NAND2_276(G1765,G1719,G317);
  not NOT_419(G1766,G1719);
  nand NAND2_277(G1767,G1722,G318);
  not NOT_420(G1768,G1722);
  nand NAND2_278(G1769,G1725,G319);
  not NOT_421(G1770,G1725);
  nand NAND2_279(G1771,G1728,G320);
  not NOT_422(G1772,G1728);
  nand NAND2_280(G1773,G1731,G321);
  not NOT_423(G1774,G1731);
  nand NAND2_281(G1775,G292,G1755);
  nand NAND2_282(G1776,G1734,G323);
  not NOT_424(G1777,G1734);
  nand NAND2_283(G1778,G1737,G324);
  not NOT_425(G1779,G1737);
  nand NAND2_284(G1780,G1740,G325);
  not NOT_426(G1781,G1740);
  nand NAND2_285(G1782,G1743,G326);
  not NOT_427(G1783,G1743);
  nand NAND2_286(G1784,G307,G1757);
  nand NAND2_287(G1785,G310,G1759);
  nand NAND8_1(G1786,G1642,G1645,G1648,G1651,G1684,G1687,G1690,G1693);
  nand NAND8_2(G1787,G1696,G1654,G1699,G1702,G1705,G1708,G1657,G1660);
  and AND8_1(G1788,G1642,G1645,G1648,G1651,G1684,G1687,G1690,G1693);
  and AND8_2(G1791,G1696,G1654,G1699,G1702,G1705,G1708,G1657,G1660);
  nand NAND2_288(G1794,G277,G1766);
  nand NAND2_289(G1795,G280,G1768);
  nand NAND2_290(G1796,G283,G1770);
  nand NAND2_291(G1797,G286,G1772);
  nand NAND2_292(G1798,G289,G1774);
  nand NAND2_293(G1799,G295,G1777);
  nand NAND2_294(G1800,G298,G1779);
  nand NAND2_295(G1801,G301,G1781);
  nand NAND2_296(G1802,G304,G1783);
  and AND2_22(G1803,G1786,G197);
  and AND2_23(G1806,G1787,G198);
  and AND3_5(G1809,G1788,G1791,G1760);
  nand NAND2_297(G1810,G1788,G1791);
  and AND4_1(G1817,G260,G1508,G32,G1809);
  nand NAND2_298(G1818,G1803,G1335);
  not NOT_428(G1819,G1803);
  nand NAND2_299(G1820,G1806,G1336);
  not NOT_429(G1821,G1806);
  and AND3_6(G1822,G544,G205,G1810);
  and AND3_7(G1825,G25,G205,G1810);
  and AND3_8(G1828,G27,G205,G1810);
  and AND3_9(G1831,G28,G205,G1810);
  and AND3_10(G1834,G545,G205,G1810);
  nand NAND2_300(G1837,G1302,G1819);
  nand NAND2_301(G1838,G1305,G1821);
  and AND3_11(G1839,G26,G205,G1810);
  nand NAND2_302(G1842,G1818,G1837);
  nand NAND2_303(G1845,G1820,G1838);
  nand NAND2_304(G1848,G1822,G1381);
  nand NAND2_305(G1849,G1825,G1382);
  nand NAND2_306(G1850,G1828,G1263);
  nand NAND2_307(G1851,G1831,G1221);
  nand NAND2_308(G1852,G1834,G1281);
  not NOT_430(G1853,G1822);
  not NOT_431(G1854,G1825);
  not NOT_432(G1855,G1828);
  not NOT_433(G1856,G1831);
  not NOT_434(G1857,G1834);
  not NOT_435(G1858,G1839);
  nand NAND2_309(G1859,G1839,G1316);
  nand NAND2_310(G1860,G1363,G1853);
  nand NAND2_311(G1861,G1366,G1854);
  nand NAND2_312(G1862,G1227,G1855);
  nand NAND2_313(G1863,G1195,G1856);
  nand NAND2_314(G1864,G1256,G1857);
  nand NAND2_315(G1865,G1842,G533);
  not NOT_436(G1866,G1842);
  nand NAND2_316(G1867,G1845,G534);
  not NOT_437(G1868,G1845);
  nand NAND2_317(G1869,G1276,G1858);
  nand NAND2_318(G1870,G1860,G1848);
  nand NAND2_319(G1871,G1861,G1849);
  nand NAND2_320(G1872,G1862,G1850);
  nand NAND2_321(G1873,G1863,G1851);
  nand NAND2_322(G1874,G1864,G1852);
  nand NAND2_323(G1875,G461,G1866);
  nand NAND2_324(G1876,G464,G1868);
  nand NAND2_325(G1877,G1869,G1859);
  nand NAND2_326(G1880,G1877,G940);
  not NOT_438(G1881,G1877);
  nand NAND2_327(G1882,G891,G1881);
  nand NAND2_328(G1883,G1880,G1882);
  nand NAND2_329(G1884,G1746,G1761);
  nand NAND2_330(G1885,G1748,G1762);
  nand NAND2_331(G1886,G1750,G1763);
  nand NAND2_332(G1887,G1752,G1764);
  nand NAND2_333(G1888,G1754,G1775);
  nand NAND2_334(G1889,G1756,G1784);
  nand NAND2_335(G1890,G1758,G1785);
  nand NAND2_336(G1891,G1765,G1794);
  nand NAND2_337(G1892,G1767,G1795);
  nand NAND2_338(G1893,G1769,G1796);
  nand NAND2_339(G1894,G1771,G1797);
  nand NAND2_340(G1895,G1773,G1798);
  nand NAND2_341(G1896,G1776,G1799);
  nand NAND2_342(G1897,G1778,G1800);
  nand NAND2_343(G1898,G1780,G1801);
  nand NAND2_344(G1899,G1782,G1802);
  nor NOR2_0(G1900,G1607,G1817);
  and AND2_24(G1901,G1870,G329);
  and AND2_25(G1902,G330,G1871);
  and AND2_26(G1903,G332,G1872);
  and AND2_27(G1904,G1873,G333);
  and AND2_28(G1905,G334,G1874);
  nand NAND2_345(G1906,G1865,G1875);
  nand NAND2_346(G1907,G1867,G1876);
  and AND2_29(G1908,G1883,G331);

endmodule